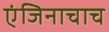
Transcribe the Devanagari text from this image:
एंजिनाचाच